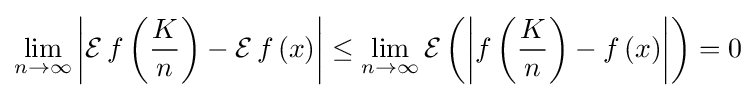
\lim _{n\to \infty }{\left|\operatorname {\mathcal {E}} f\left({\frac {K}{n}}\right)-\operatorname {\mathcal {E}} f\left(x\right)\right|}\leq \lim _{n\to \infty }{\operatorname {\mathcal {E}} \left(\left|f\left({\frac {K}{n}}\right)-f\left(x\right)\right|\right)}=0